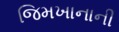
જિમખાનાની